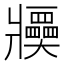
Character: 𤖤